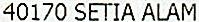
40170 SETIA ALAM